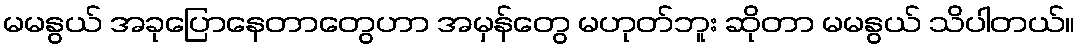
မမနွယ် အခုပြောနေတာတွေဟာ အမှန်တွေ မဟုတ်ဘူး ဆိုတာ မမနွယ် သိပါတယ်။